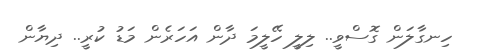
ހިނގާލަން ގޮސްވީ.. ލިލީ ހޭލީމަ ދާން އަހަރެން މަޑު ކުރީ.. ދިޔާން